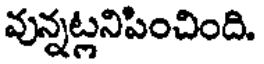
వున్నట్లనిపించింది.